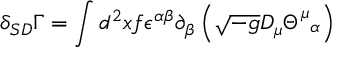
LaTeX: \delta _ { S D } \Gamma = \int d ^ { 2 } x f \epsilon ^ { \alpha \beta } \partial _ { \beta } \left( \sqrt { - g } D _ { \mu } \Theta _ { \; \; \alpha } ^ { \mu } \right)